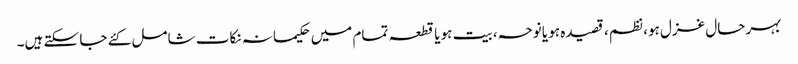
بہرحال غزل ہو، نظم، قصیدہ ہو یا نوحہ، بیت ہو یا قطعہ تمام میں حکیمانہ نکات شامل کئے جا سکتے ہیں۔